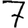
Digit: 7